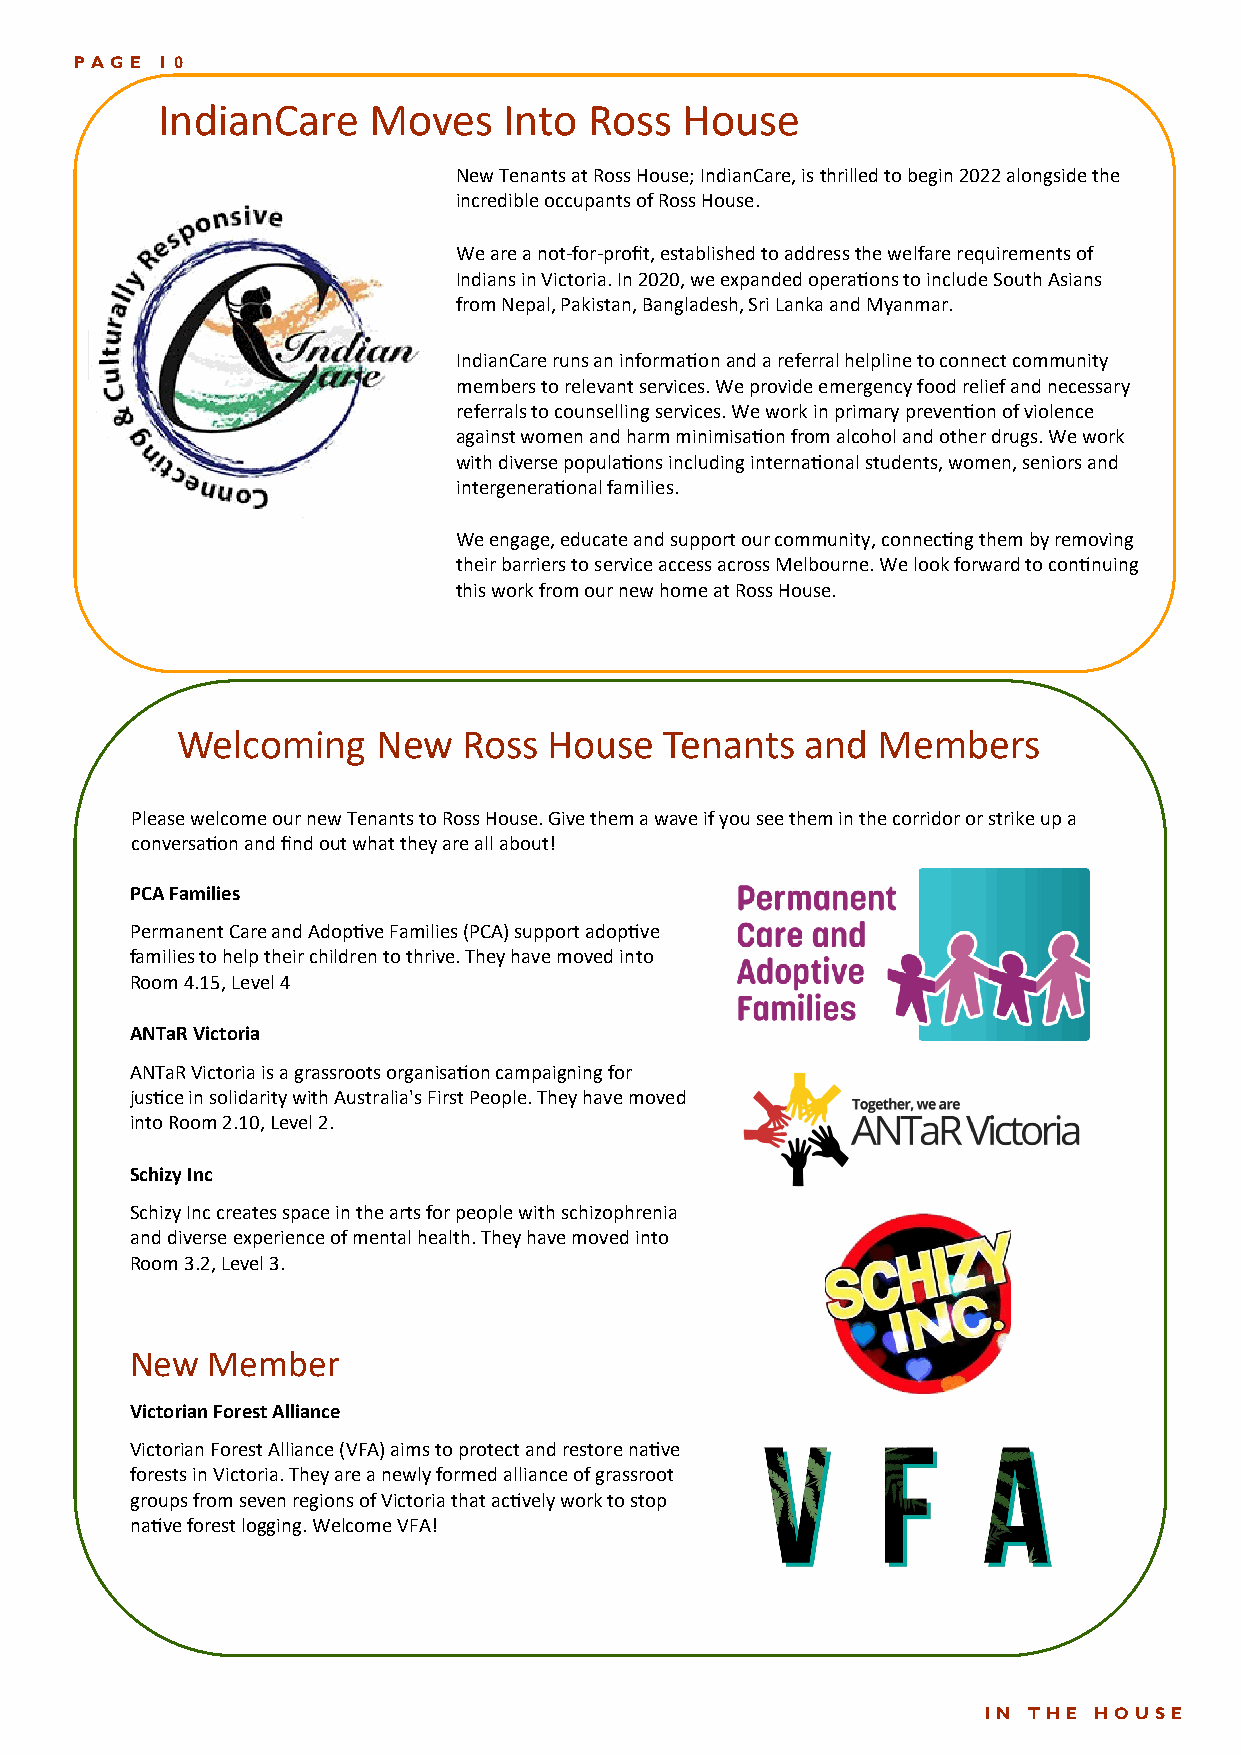
PAGE
 PAGE 10
 IndianCare    Moves    Into  Ross  House
 New Tenants at Ross House; IndianCare, is thrilled to begin 2022 alongside the
 incredible occupants of Ross House.
 We are a not-for-profit, established to address the welfare requirements of
 Indians in Victoria. In 2020, we expanded operations to include South Asians
 from Nepal, Pakistan, Bangladesh, Sri Lanka and Myanmar.
 IndianCare runs an information and a referral helpline to connect community
 members to relevant services. We provide emergency food relief and necessary
 referrals to counselling services. We work in primary prevention of violence
 against women and harm minimisation from alcohol and other drugs. We work
 with diverse populations including international students, women, seniors and
 intergenerational families.
 We engage, educate and support our community, connecting them by removing
 their barriers to service access across Melbourne. We look forward to continuing
 this work from our new home at Ross House.
 Welcoming    New   Ross House   Tenants  and  Members
 Please welcome our new Tenants to Ross House. Give them a wave if you see them in the corridor or strike up a
 conversation and find out what they are all about!
 PCA Families
 Permanent Care and Adoptive Families (PCA) support adoptive
 families to help their children to thrive. They have moved into
 Room 4.15, Level 4
 ANTaR Victoria
 ANTaR Victoria is a grassroots organisation campaigning for
 justice in solidarity with Australia's First People. They have moved
 into Room 2.10, Level 2.
 Schizy Inc
 Schizy Inc creates space in the arts for people with schizophrenia
 and diverse experience of mental health. They have moved into
 Room 3.2, Level 3.
 New  Member
 Victorian Forest Alliance
 Victorian Forest Alliance (VFA) aims to protect and restore native
 forests in Victoria. They are a newly formed alliance of grassroot
 groups from seven regions of Victoria that actively work to stop
 native forest logging. Welcome VFA!
 IN THE HO USE